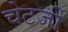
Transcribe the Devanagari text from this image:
चेटर्जी